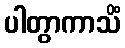
ပါတွာကာသိံ